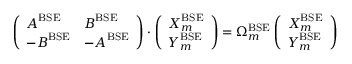
\left( \begin{array} { l l } { \boldsymbol { A } ^ { \mathrm { B S E } } } & { \boldsymbol { B } ^ { \mathrm { B S E } } } \\ { - \boldsymbol { B } ^ { \mathrm { B S E } } } & { - \boldsymbol { A } ^ { \mathrm { B S E } } } \end{array} \right) \cdot \left( \begin{array} { l } { \boldsymbol { X } _ { m } ^ { \mathrm { B S E } } } \\ { \boldsymbol { Y } _ { m } ^ { \mathrm { B S E } } } \end{array} \right) = \Omega _ { m } ^ { \mathrm { B S E } } \left( \begin{array} { l } { \boldsymbol { X } _ { m } ^ { \mathrm { B S E } } } \\ { \boldsymbol { Y } _ { m } ^ { \mathrm { B S E } } } \end{array} \right)